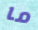
ما